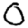
Digit: 0